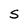
Character: S